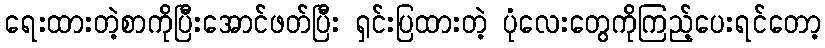
ရေးထားတဲ့စာကိုပြီးအောင်ဖတ်ပြီး ရှင်းပြထားတဲ့ ပုံလေးတွေကိုကြည့်ပေးရင်တော့